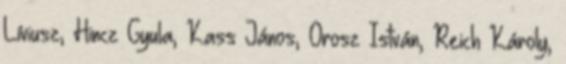
Líviusz, Hincz Gyula, Kass János, Orosz István, Reich Károly,